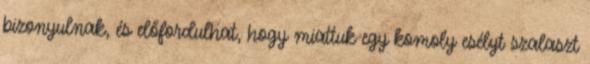
bizonyulnak, és előfordulhat, hogy miattuk egy komoly esélyt szalaszt